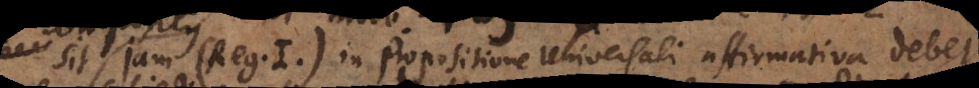
Sit jam (Reg. I). In Propositione universali affirmativa debet